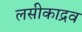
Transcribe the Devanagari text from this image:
लसीकाद्रव